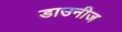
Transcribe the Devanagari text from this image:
डाउनीज